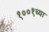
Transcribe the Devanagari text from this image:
१००१च्या